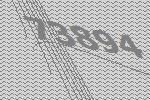
73894